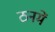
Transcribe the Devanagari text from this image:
ठनमें